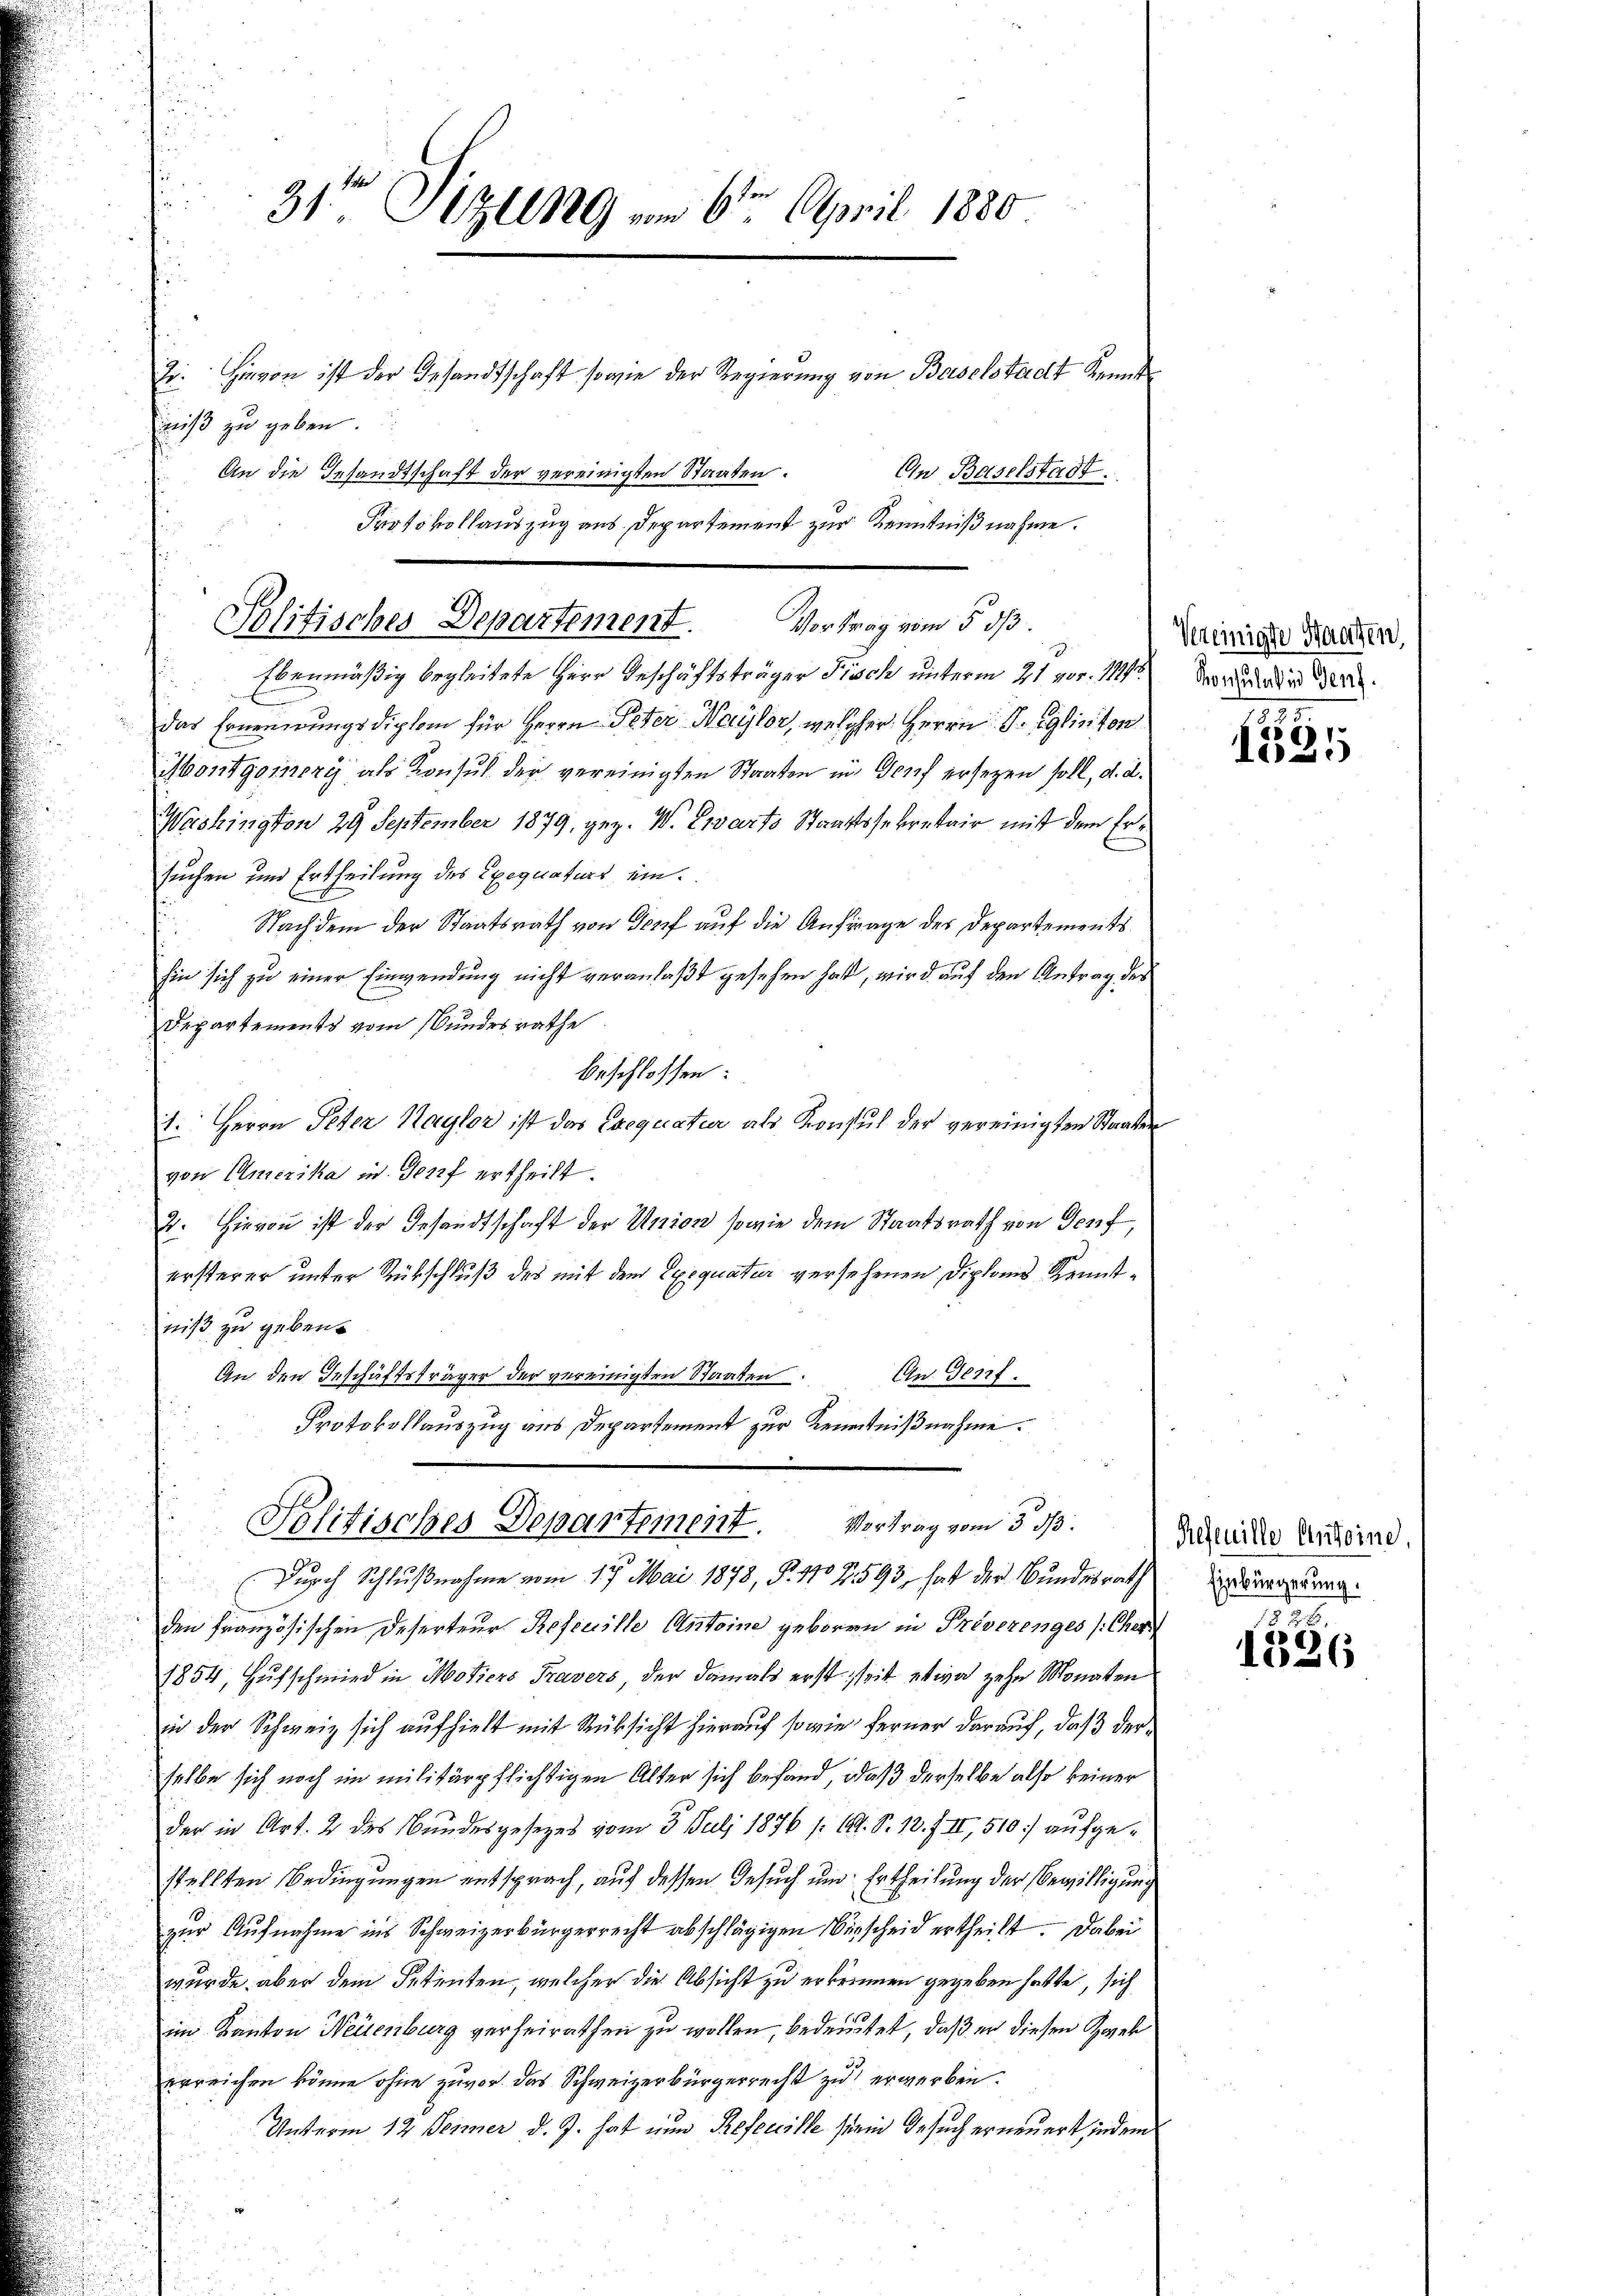
niß zu geben.
An die Gesandtschaft der vereinigten Staaten.

31ten Sizung vom 6ten April 1880

E. Hievon ist der Gesandtschaft sowie der Regierung von Baselstadt Kennt
In Baselstadt.
Protokollauszug aus Departement zur Kenntnißnahme.

Politisches Departement. Vortrag vom 5. dß.

Ebenmäßig begleitete Herr Geschäftsträger Fisch unterm 21. vor. 1111. Vorrede de
das Erneuerungsdiplom für Herrn Peter Waylor, welcher Herrn G. Eglinton
Iontgoinczy als Konsul der vereinigten Staaten in Genf ersetzen soll, d. d.
Washington 29 September 1879 gez. W. Erwarts Straftssekretair mit dem Ersuchen und Ertheilung des Exequaturs ein.
Nachdem der Staatsrath von Dorf auf die Anfrage des Departements
hin sich zu einer Einwendung nicht veranlaßt gesehen hat, wird auf den Antrag der
Departements vom Bundesrathe
beschlossen:
1. Herrn Peter Haylor ist das Exequatur als Konsul der vereinigten Staaten
von Amerika in Genf ertheilt.
2. Hievon ist der Gesandtschaft der Union sowie dem Staatsrath von Genf,
ersterer unter Rückschluß des mit dem Exequatur versehenen Diplons Kenntniß zu geben.
Gn. Genf.
An den Geschäftsfräger der vereinigten Staaten.
Protokollauszug aus Departement zur Kenntnißnahme.
Politisches Departement. Vortrag vom 5. ds.
Durch Schlußnahme vom 17. Mai 1878, P. No 2. 593, hat der Bundesrath
den französischen Deserteur Refeuille Antoine geboren in Priverenges (Cher
1854, Hufschmied in Motiers Travers, der damals erst seit etwa zehn Monaten
in der Schweiz sich aufhielt mit Rücksicht hierauf sowie ferner darauf, daß derselbe sich noch im militärpflichtigen Alter sich befand, daß derselbe also keiner
der in Art. 2 des Bundesgesezes vom 3. Juli 1876 /: C. S. 10. f. II, 510.) aufgestellten Bedingungen entsprach, auf dessen Gesuch um Ertheilung der Bewilligung
zur Aufnahme ins Schweizerbürgerrecht abschlägigen Verscheid ertheilt. Dabei
wurde aber dem Petenten, welcher die Absicht zu erkennen gegeben hatte, sich
im Kanton Neuenburg verheirathen zu wollen, bedeutet, daß er diesen Zwek
erreichen könne ohne zuvor das Schweizerbürgerrecht zu erwerben.
Unterm 12. Beimer d. J. hat nun Refeccille sein Gesuch er neuert jedem

Vereinigte Hausen,

5
1025

Refeuille Antoine,
Einbürgerung.

378
1526